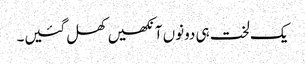
یک لخت ہی دونوں آنکھیں کھل گئیں۔